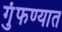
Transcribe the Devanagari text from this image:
गुंफण्यात